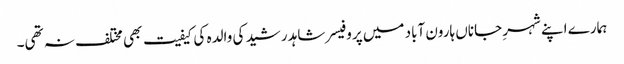
ہمارے اپنے شہرِ جاناں ہارون آباد میں پروفیسر شاہد رشید کی والدہ کی کیفیت بھی مختلف نہ تھی۔